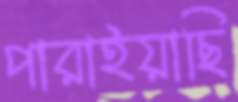
পারাইয়াছি